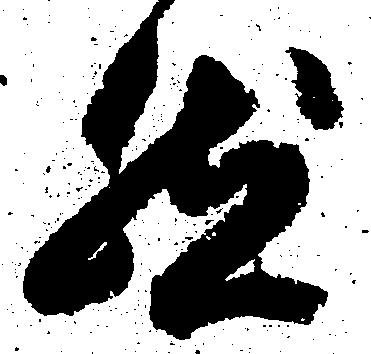
然